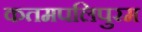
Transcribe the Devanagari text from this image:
कतमपलिपुरम